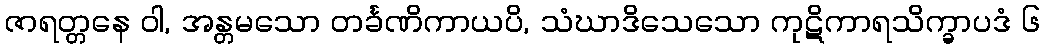
ဇာရတ္တနေ ဝါ, အန္တမသော တင်္ခဏိကာယပိ, သံဃာဒိသေသော ကုဋိကာရသိက္ခာပဒံ ၆